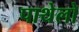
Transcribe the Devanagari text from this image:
पाथेलो